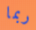
ربما